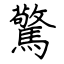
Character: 驚